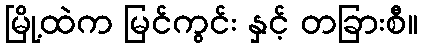
မြို့ထဲက မြင်ကွင်း နှင့် တခြားစီ။